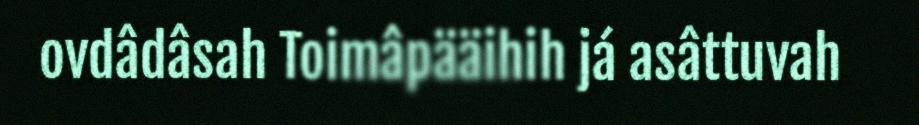
ovdâdâsah Toimâpääihih já asâttuvah